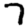
Digit: 7